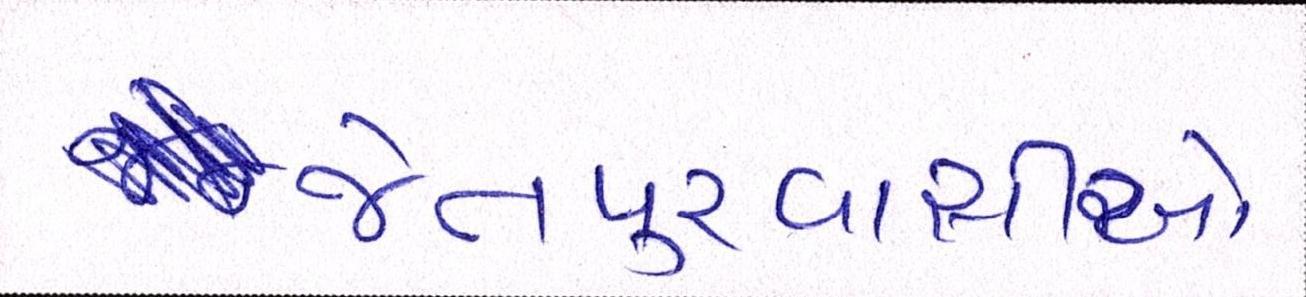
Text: જેતપુરવાસીઓ